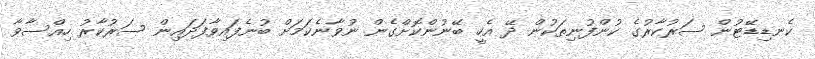
ކެނޑިޑޭޓުން ސަރުކާރުގެ ކުންފުނިތަކުން ދޭ އެހީ ބޭނުންކޮށްގެން ނުވާނެކަމަށް ބުނެފައިވާފަދައިން ސަރުކާރު ހިއްސާވާ